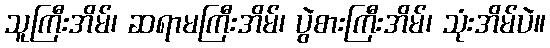
သူကြီးအိမ်၊ ဆရာမကြီးအိမ်၊ ပွဲစားကြီးအိမ်၊ သုံးအိမ်ပဲ။